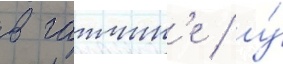
в гатчин'е / у́